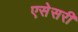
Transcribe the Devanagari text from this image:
एसेसरी